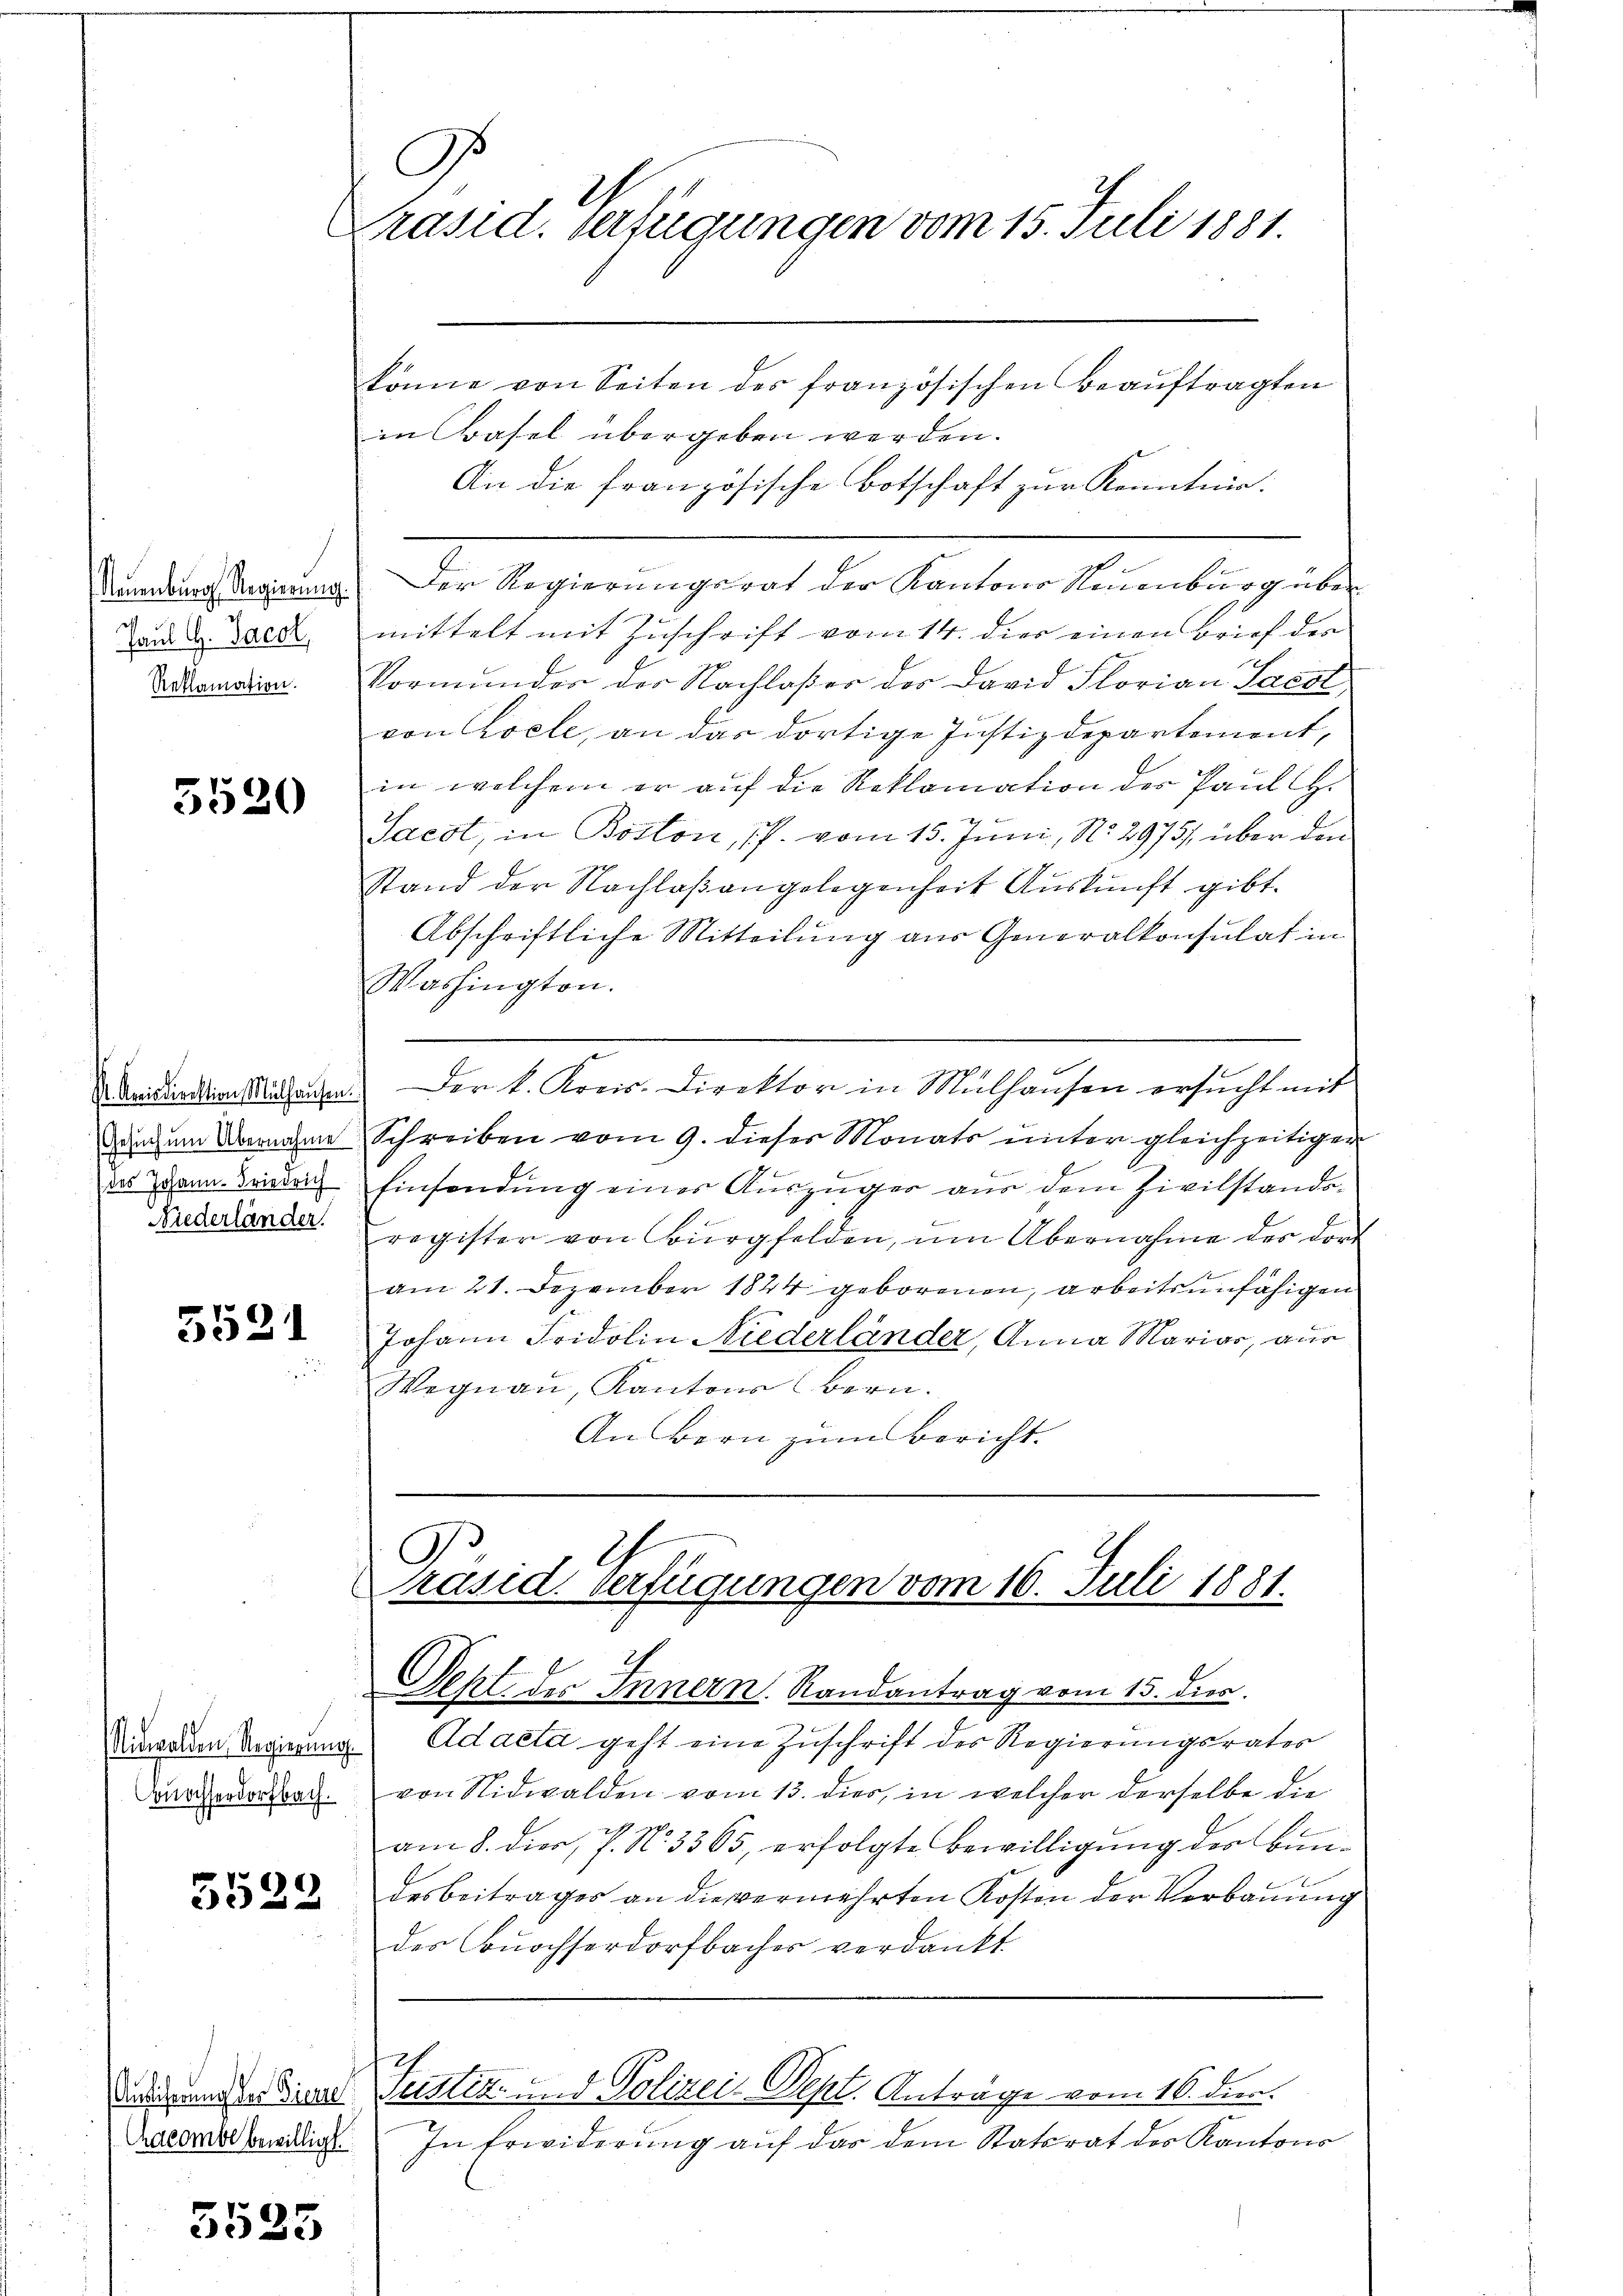
Paul G. Jacob,
Reklamation.

5520

(des Johann. Friedrich
Niederländer

5521

Nidwalden, Regierung.
Buochherdorfbach.

5522

ndcombl bewilligt

3525

G.
Präsid. Verfügungen vom 15. Juli 1881.

könne von Seiten des französischen Beaŭftragten
in Basel übergeben werden.
An die französische Botschaft zur Kenntnis:
Numdung Regierung. Der Regierungsrat der Kantons Neuenburg über
mittelt mit Zuschrift vom 14. dies einen Brief des
Vormunder der Nachloßer der David Florian Laest
von Zoele, an das dortige Justizdepartement,
in welchem er auf die Reklamation des Paul G.
Sacot, in Boston, 17. vom 15. Juni, No. 2975), über den
stand der Nachlaβ angelegenheit Auskunft gibt.
Abschriftliche Mitteilung aus Generalkonsulat in
Washington.
Amidliationshagen. Der k. Kreis-Direktor in Mülhausen ersucht mit
durch um Vernahme Schreiben vom 9. dieser Monats unter gleichzeitiger
Einsendung einer Auszüger aus dem Zivilstands-
register von Bürgfelden, um Übernahme des dort
am 21. Dezember 1824 geborenen, arbeitsunfähigen
Johann Fridolin Niederländer, Anna Mariar, aus
Wegnau, Kantons (Bern.
An Bern zum Bericht.

.
C
Präsid. Verfügungen vom 16. Juli 1881.

Seht des Innern. Randantrag vom 15. Dien
Adacta geht eine Zuschrift des Regierungsrates
von Nidwalden vom 13. dies, in welcher derselbe die
am 8. dies, P. N. 3365, erfolgte Bewilligung der Bundesbeitrages an die vermehrten Kosten der Verbauung
der nochserdorfbaches verdankt
2
mirend der Diese Seiten- und Polizeis-Dept. Anträge vom 16. dien.
In Erwiderung auf das dem Statsrat des Kantons